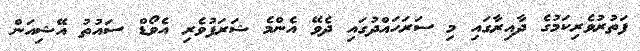
ފަތުރުވެރިކަމުގެ ދާއިރާގައި މި ސަރަހައްދުގައި ދެވޭ އެންމެ ޝަރަފުވެރި އެވޯޑް ސައުތު އޭޝިއަން